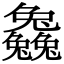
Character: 𠓗